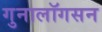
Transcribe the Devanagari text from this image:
गुनालॉगसन